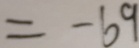
= - 6 9